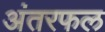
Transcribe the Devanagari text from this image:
अंतरफल